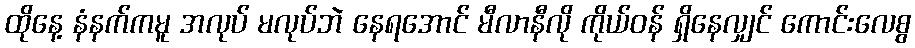
ထိုနေ့ နံနက်ကမူ အလုပ် မလုပ်ဘဲ နေရအောင် မီလာနီလို ကိုယ်ဝန် ရှိနေလျှင် ကောင်းလေစွ